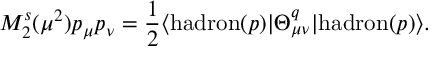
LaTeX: M _ { 2 } ^ { s } ( \mu ^ { 2 } ) p _ { \mu } p _ { \nu } = \frac { 1 } { 2 } \langle \mathrm { h a d r o n } ( p ) | \Theta _ { \mu \nu } ^ { q } | \mathrm { h a d r o n } ( p ) \rangle .